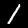
Label: 1